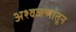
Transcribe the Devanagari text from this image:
अश्वजन्मातून